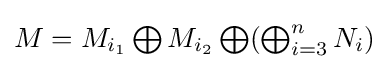
{\textstyle M=M_{i_{1}}\bigoplus M_{i_{2}}\bigoplus (\bigoplus _{i=3}^{n}N_{i})}